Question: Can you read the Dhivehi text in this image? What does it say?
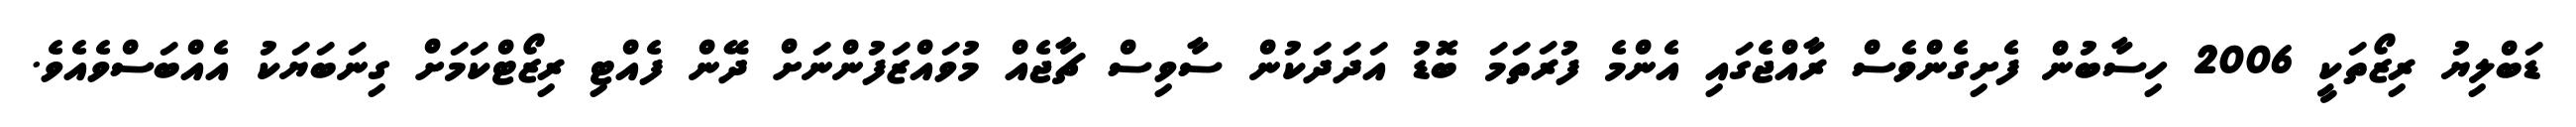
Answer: ޑަބްލިޔު ރިޒޯތަކީ 2006 ހިސާބުން ފެށިގެންވެސް ރާއްޖެގައި އެންމެ ފުރަތަމަ ބޮޑު އަދަދަކުން ސާވިސް ޗާޖެއް މުވައްޒަފުންނަށް ދޭން ފެއްޓި ރިޒޯޓްކަމަށް ގިނަބަޔަކު އެއްބަސްވެއެވެ.